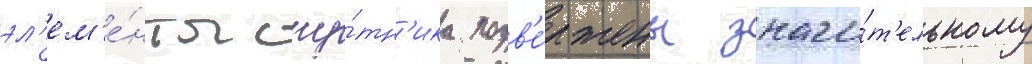
эл'ем'е́нты спу́тн'ика подв'е́ржены значи́т'ельному